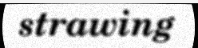
strawing